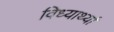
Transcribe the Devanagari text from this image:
विध्यार्थ्या